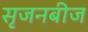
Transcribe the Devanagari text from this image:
सृजनबीज